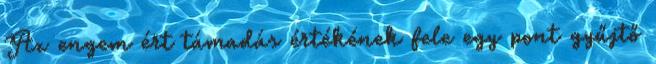
Az engem ért támadás értékének fele egy pont gyűjtő